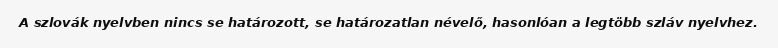
A szlovák nyelvben nincs se határozott, se határozatlan névelő, hasonlóan a legtöbb szláv nyelvhez.